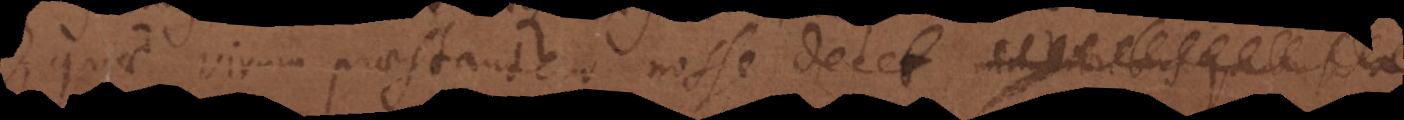
quae virum praestantem nosse decet,